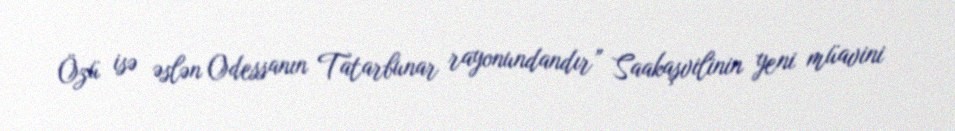
Özü isə əslən Odessanın Tatarbunar rayonundandır” Saakaşvilinin yeni müavini